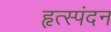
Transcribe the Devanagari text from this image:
हृत्स्पंदन